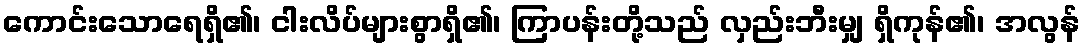
ကောင်းသောရေရှိ၏၊ ငါးလိပ်များစွာရှိ၏၊ ကြာပန်းတို့သည် လှည်းဘီးမျှ ရှိကုန်၏၊ အလွန်